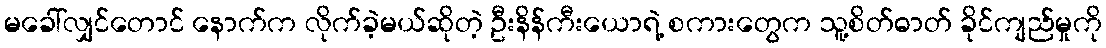
မခေါ်လျှင်တောင် နောက်က လိုက်ခဲ့မယ်ဆိုတဲ့ ဦးနိန်ကီးယောရဲ့ စကားတွေက သူ့စိတ်ဓာတ် ခိုင်ကျည်မှုကို